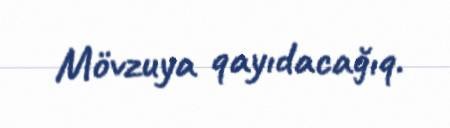
Mövzuya qayıdacağıq.